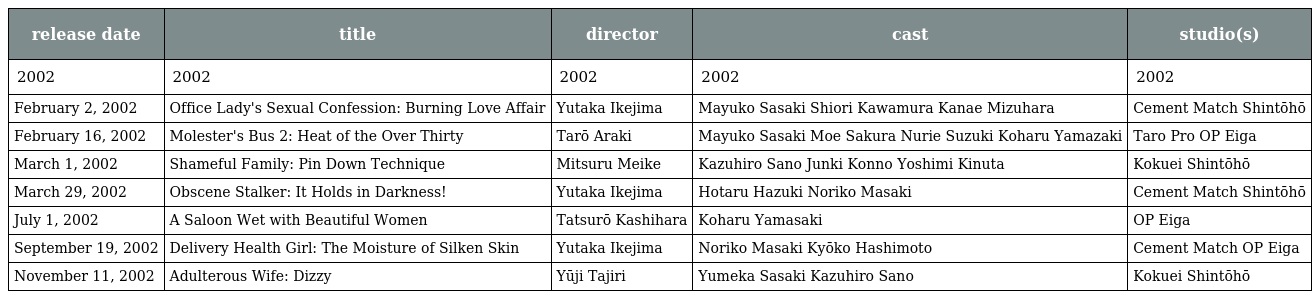
| release date | title | director | cast | studio(s) |
 | --- | --- | --- | --- | --- |
 | 2002 | 2002 | 2002 | 2002 | 2002 |
 | February 2, 2002 | Office Lady's Sexual Confession: Burning Love Affair | Yutaka Ikejima | Mayuko Sasaki Shiori Kawamura Kanae Mizuhara | Cement Match Shintōhō |
 | February 16, 2002 | Molester's Bus 2: Heat of the Over Thirty | Tarō Araki | Mayuko Sasaki Moe Sakura Nurie Suzuki Koharu Yamazaki | Taro Pro OP Eiga |
 | March 1, 2002 | Shameful Family: Pin Down Technique | Mitsuru Meike | Kazuhiro Sano Junki Konno Yoshimi Kinuta | Kokuei Shintōhō |
 | March 29, 2002 | Obscene Stalker: It Holds in Darkness! | Yutaka Ikejima | Hotaru Hazuki Noriko Masaki | Cement Match Shintōhō |
 | July 1, 2002 | A Saloon Wet with Beautiful Women | Tatsurō Kashihara | Koharu Yamasaki | OP Eiga |
 | September 19, 2002 | Delivery Health Girl: The Moisture of Silken Skin | Yutaka Ikejima | Noriko Masaki Kyōko Hashimoto | Cement Match OP Eiga |
 | November 11, 2002 | Adulterous Wife: Dizzy | Yūji Tajiri | Yumeka Sasaki Kazuhiro Sano | Kokuei Shintōhō |